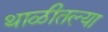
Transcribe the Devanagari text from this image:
थाळीतल्या